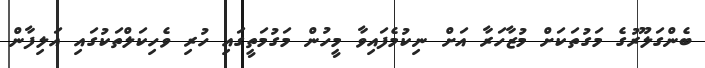
ބެންގަލޫރުގެ މަގުތަކަށް މުޒާހަރާ އަށް ނިކުމެފައިވާ މީހުން މަގުމަތީގައި ހުރި ވެހިކަލްތަކުގައި އަލިފާން